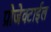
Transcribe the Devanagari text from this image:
प्रोजेक्टाईल